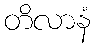
တိလာနံ